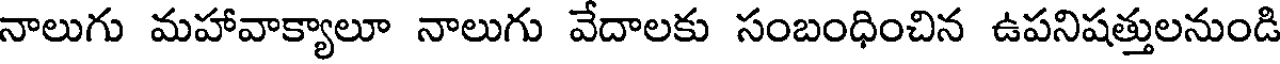
నాలుగు మహావాక్యాలూ నాలుగు వేదాలకు సంబంధించిన ఉపనిషత్తులనుండి